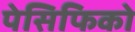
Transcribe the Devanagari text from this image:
पेसिफिको